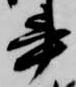
書